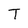
Character: T